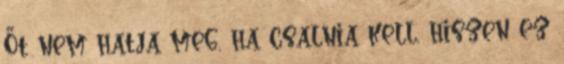
Őt nem hatja meg, ha csalnia kell, hiszen ez